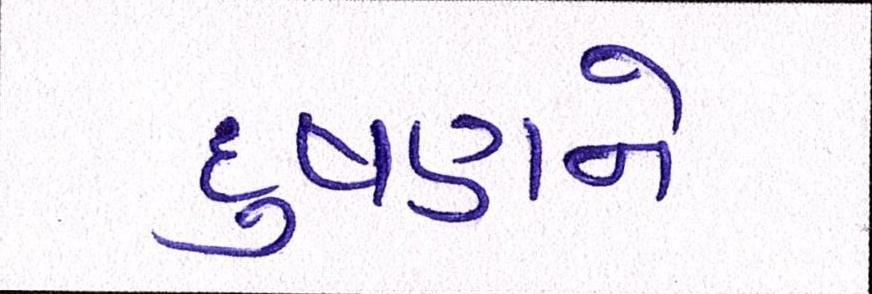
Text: દુષણને